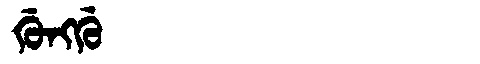
Manchu: ᡤᡠᠩᡤᡠ
Romanization: GUNGGU